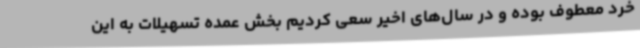
خرد معطوف بوده و در سال‌های اخیر سعی کردیم بخش عمده تسهیلات به این